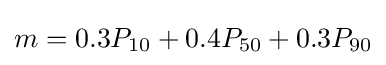
m=0.3P_{10}+0.4P_{50}+0.3P_{90}